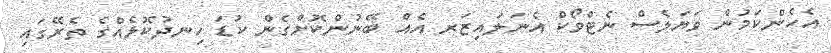
އެހެންކަމުން ވަޔަލެސް ނެޓްވޯކް އެނަލައިޒަރ އެއް ބޭނުންކޮށްގެން ކުޑަ ހިނދުކޮޅެއްގެ ތެރޭގައި